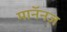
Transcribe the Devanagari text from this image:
मानॅनज़